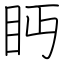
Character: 眄